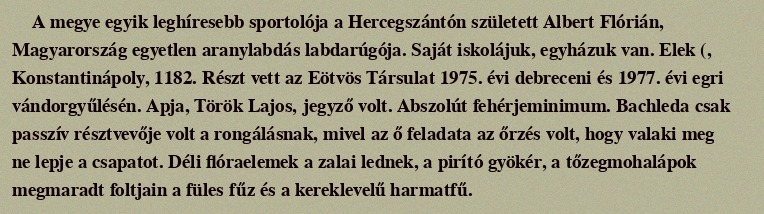
A megye egyik leghíresebb sportolója a Hercegszántón született Albert Flórián, Magyarország egyetlen aranylabdás labdarúgója. Saját iskolájuk, egyházuk van. Elek (, Konstantinápoly, 1182. Részt vett az Eötvös Társulat 1975. évi debreceni és 1977. évi egri vándorgyűlésén. Apja, Török Lajos, jegyző volt. Abszolút fehérjeminimum. Bachleda csak passzív résztvevője volt a rongálásnak, mivel az ő feladata az őrzés volt, hogy valaki meg ne lepje a csapatot. Déli flóraelemek a zalai lednek, a pirító gyökér, a tőzegmohalápok megmaradt foltjain a füles fűz és a kereklevelű harmatfű.